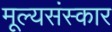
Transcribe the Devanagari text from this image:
मूल्यसंस्कार